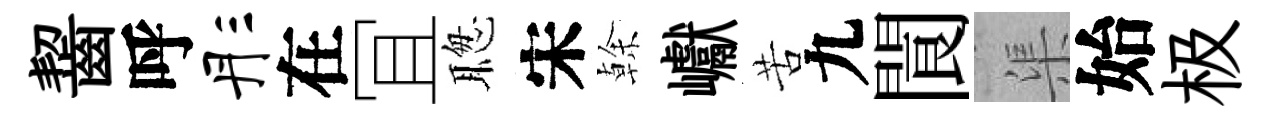
齧呼彤在冝聦宋𠏉巘苦九閬渠始极